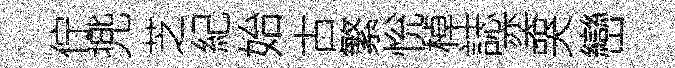
佇兠芝紀始古繁恱棹誌奕哭巒